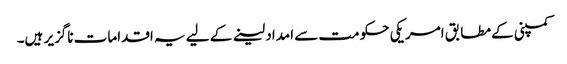
کمپنی کے مطابق امریکی حکومت سے امداد لینے کے لیے یہ اقدامات ناگزیر ہیں۔